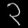
Digit: ၃